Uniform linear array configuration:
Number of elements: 4
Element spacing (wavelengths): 1
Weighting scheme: uniform
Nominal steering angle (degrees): -60
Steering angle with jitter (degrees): -59.166
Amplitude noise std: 0.05
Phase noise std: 0.05

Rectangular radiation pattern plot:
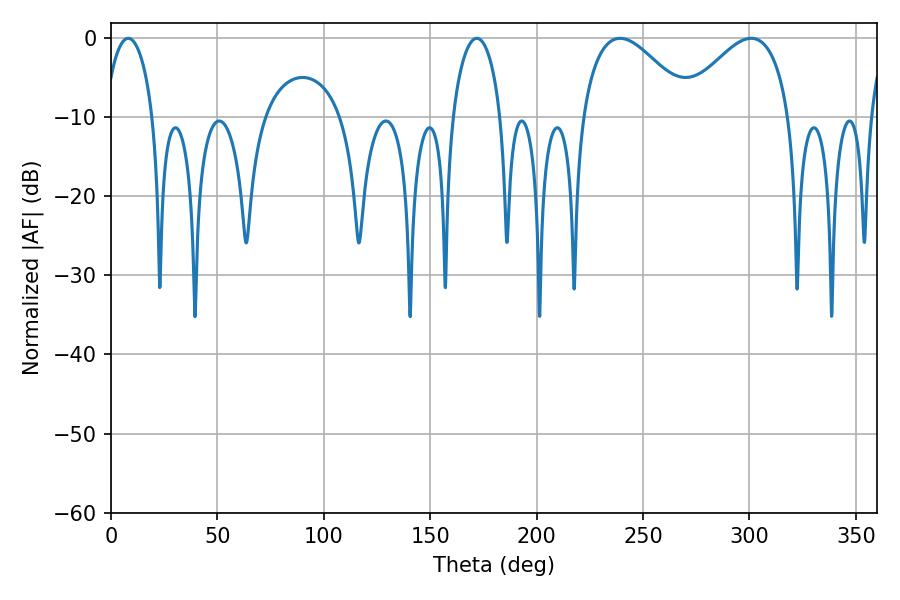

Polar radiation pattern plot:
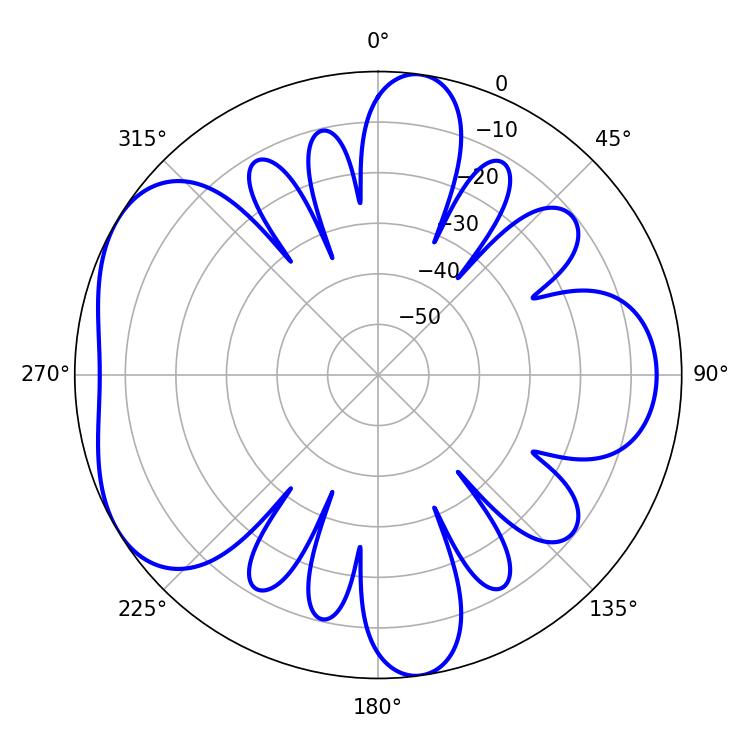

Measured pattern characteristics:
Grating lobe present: TRUE
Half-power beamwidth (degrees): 12.96
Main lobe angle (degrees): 8.1